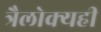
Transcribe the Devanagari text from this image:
त्रैलोक्यही